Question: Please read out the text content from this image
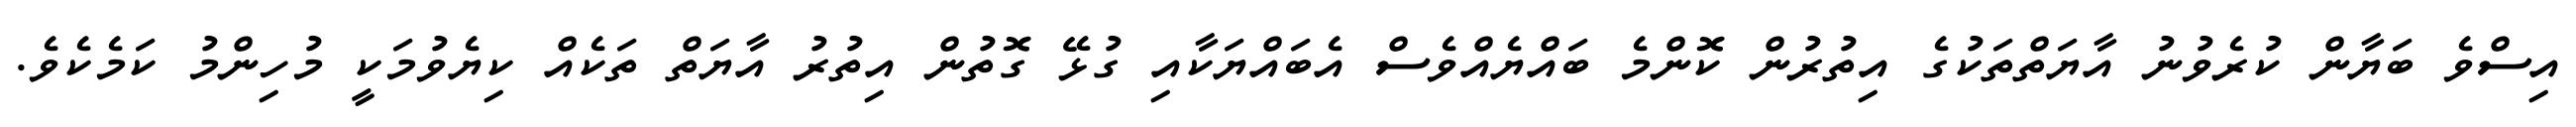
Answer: އިސްވެ ބަޔާން ކުރެވުނު އާޔަތްތަކުގެ އިތުރުން ކޮންމެ ބައްޔެއްވެސް އެބައްޔަކާއި ގުޅޭ ގޮތުން އިތުރު އާޔަތް ތަކެއް ކިޔެވުމަކީ މުހިންމު ކަމެކެވެ.